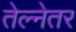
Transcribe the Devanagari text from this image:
तेल्नेतर